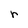
Character: r